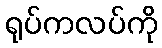
ရုပ်ကလပ်ကို